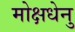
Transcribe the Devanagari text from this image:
मोक्षधेनु